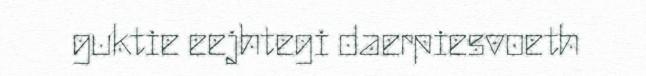
guktie eejhtegi daerpiesvoeth